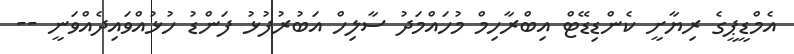
އެމްޑީޕީގެ ރިޔާށީ ކެންޑިޑޭޓް އިބްރާހިމް މުހައްމަދު ސާލިހް އަބުރުފުޅު ފަންޑު ހުޅުއްވައިދެއްވަނީ --